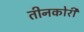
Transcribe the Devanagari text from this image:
तीनकोरी